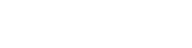
မုတ်ဆိတ်ပဲရိတ်မှာပါ။